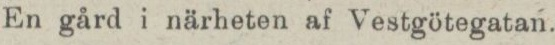
En gård i närheten af Vestgötegatan.